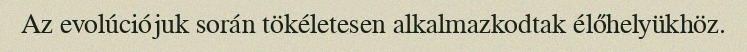
Az evolúciójuk során tökéletesen alkalmazkodtak élőhelyükhöz.